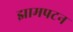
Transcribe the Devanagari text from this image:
झामपटन